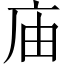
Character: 庙